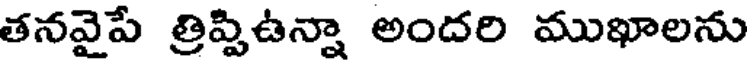
తనవైపే త్రిప్పిఉన్నా అందరి ముఖాలను